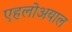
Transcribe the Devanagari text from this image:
एहलोअयाल